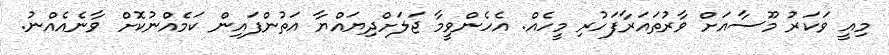
މިއީ ވަކަރު މޫސާއަށް ވާރުތައަރާފަހުރި މީހެއް. އެހެންވީމާ ޖަލަށްދިޔައްޔާ އަތުންފައިން ކަމެއްނުކޮށް ވާނެއެއްނު.